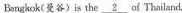
Bangkok(曼谷)is the \underline{2}os Thailand.